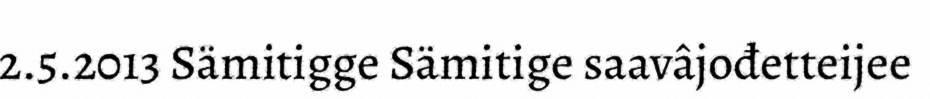
2.5.2013 Sämitigge Sämitige saavâjođetteijee